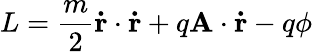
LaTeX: L={\frac{m}{2}}\mathbf{\dot{r}}\cdot\mathbf{\dot{r}}+q\mathbf{A}\cdot\mathbf{\dot{r}}-q\phi